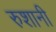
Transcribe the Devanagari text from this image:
रुशानी